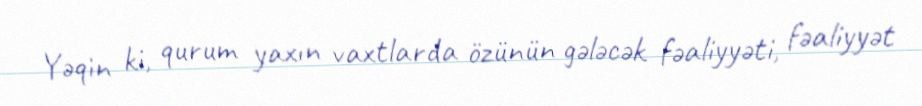
Yəqin ki, qurum yaxın vaxtlarda özünün gələcək fəaliyyəti, fəaliyyət